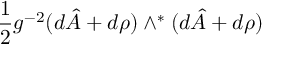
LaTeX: \frac { 1 } { 2 } g ^ { - 2 } ( d \hat { A } + d \rho { } ) \wedge ^ { * } ( d \hat { A } + d \rho { } )